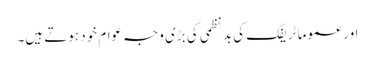
اور عموما ٹریفک کی بد نظمی کی بڑی وجہ عوام خود ہوتے ہیں۔